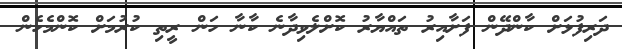
ދަރިފުޅަށް ކާންދޭން ފަށާއިރު ތައްޔާރު ކޮށްލެވިދާނެ ކާނާ ހަން ރީތި ކުރުމަށް ކޮންމެހެން